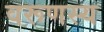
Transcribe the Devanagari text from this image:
वरूणस्य